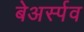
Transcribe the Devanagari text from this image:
बेअर्स्पव